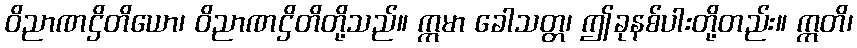
ဝိညာဏဌိတိယော၊ ဝိညာဏဌိတိတို့သည်။ ဣမာ ခေါသတ္တ၊ ဤခုနစ်ပါးတို့တည်း။ ဣတိ၊